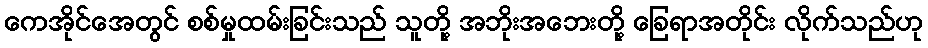
ကေအိုင်အေတွင် စစ်မှုထမ်းခြင်းသည် သူတို့ အဘိုးအဘေးတို့ ခြေရာအတိုင်း လိုက်သည်ဟု